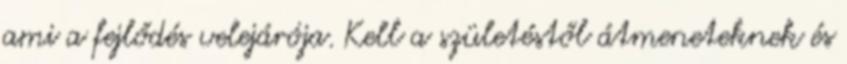
ami a fejlődés velejárója. Kell a születéstől átmeneteknek és